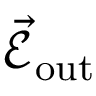
\vec { \mathcal { E } } _ { \mathrm { { o u t } } }